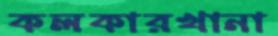
কলকারখানা